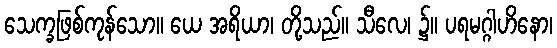
သေက္ခဖြစ်ကုန်သော။ ယေ အရိယာ၊ တို့သည်။ သီလေ၊ ၌။ ပရမဂ္ဂါဟိနော၊